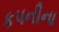
કપનીના